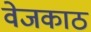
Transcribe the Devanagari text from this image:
वेजकाठ